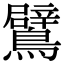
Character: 鷿